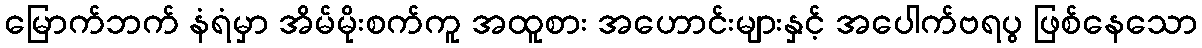
မြောက်ဘက် နံရံမှာ အိမ်မိုးစက်ကူ အထူစား အဟောင်းများနှင့် အပေါက်ဗရပွ ဖြစ်နေသော